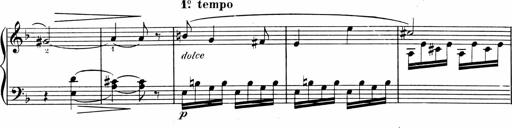
Title: 1Ã¨re Sonatine
Composer: FrÃ©dÃ©ric Binet